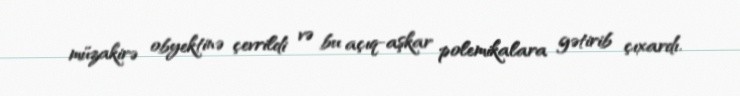
müzakirə obyektinə çevrildi və bu açıq-aşkar polemikalara gətirib çıxardı.